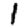
Digit: 1